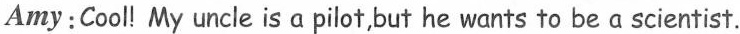
Amy: Cool! My uncle is a pilot, but he wants to be a scientist.